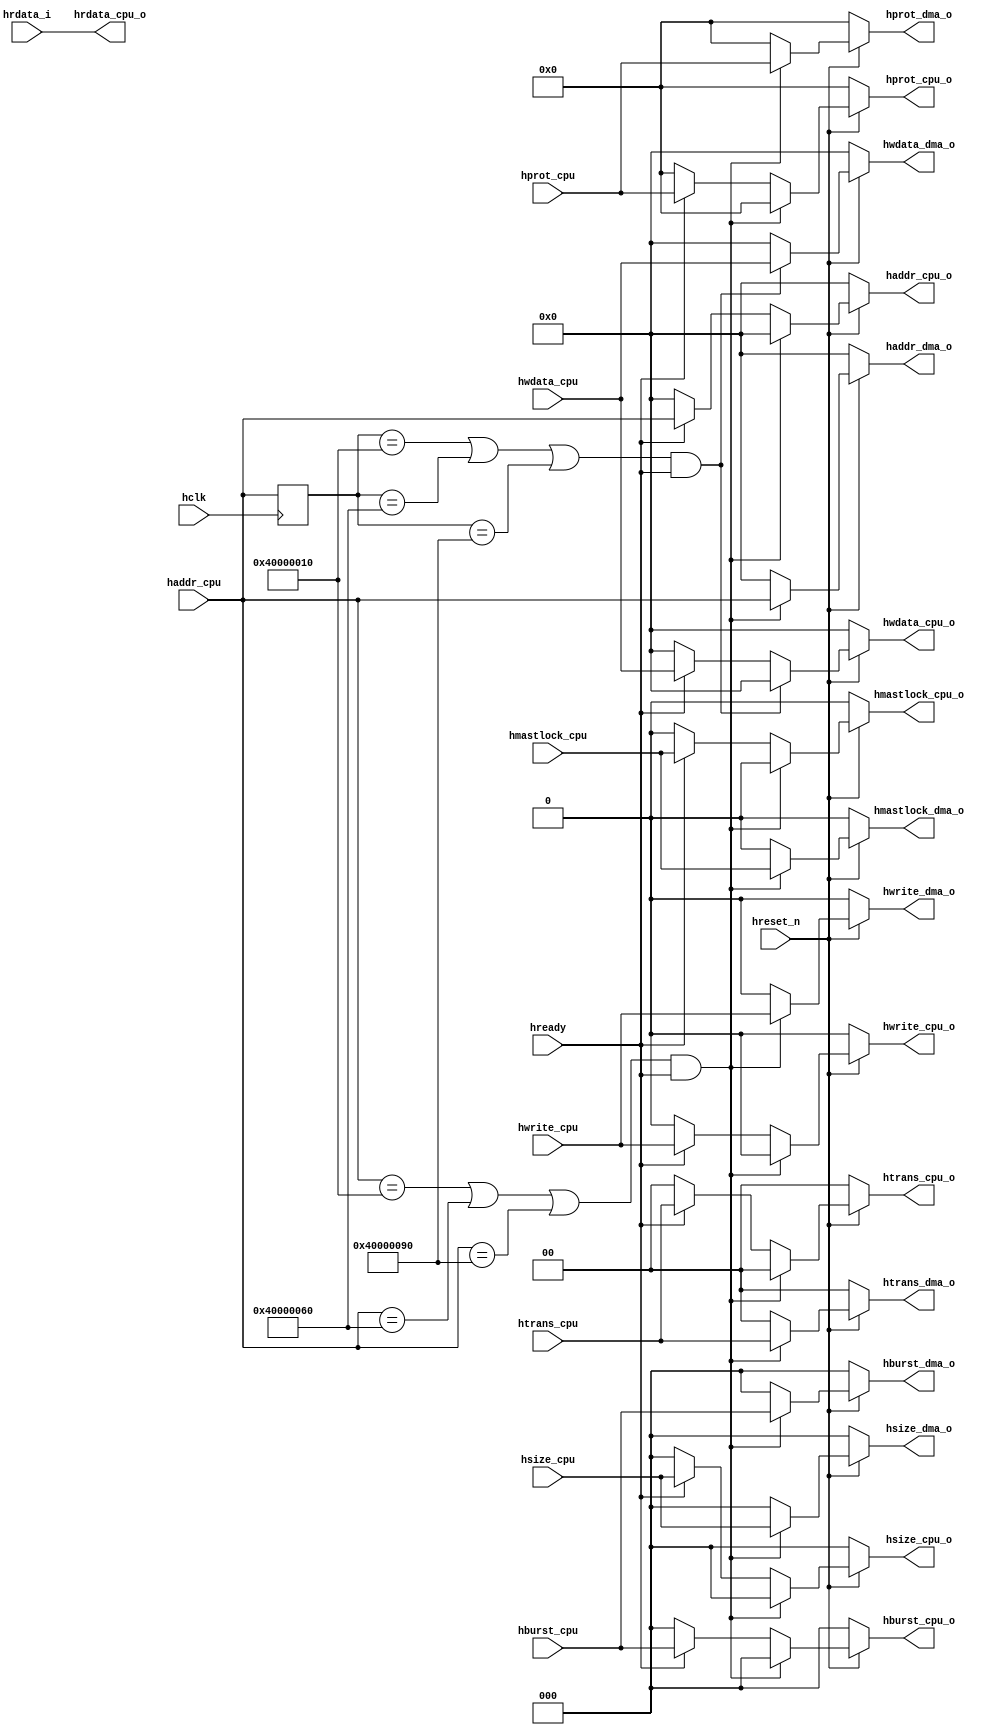
// Arbiter Module
// (c) 2016-04-29 by Reshma Siddalingadevaru

module arbiter(
input wire hclk,
input wire hreset_n,
input wire hready,
input wire [31:0]                     haddr_cpu,
input wire [2:0]                      hburst_cpu,
input wire [3:0]                      hprot_cpu,
input wire [2:0]                      hsize_cpu,
input wire [1:0]                      htrans_cpu,
input wire [31:0]                     hwdata_cpu,
input wire                            hmastlock_cpu,
input wire                            hwrite_cpu,
output reg [31:0]                     haddr_cpu_o,
output reg [2:0]                      hburst_cpu_o,
output reg [3:0]                      hprot_cpu_o,
output reg [2:0]                      hsize_cpu_o,
output reg [1:0]                      htrans_cpu_o,
output reg [31:0]                     hwdata_cpu_o,
output reg                            hmastlock_cpu_o,
output reg                            hwrite_cpu_o,
output reg [31:0]                     haddr_dma_o,
output reg [2:0]                      hburst_dma_o,
output reg [3:0]                      hprot_dma_o,
output reg [2:0]                      hsize_dma_o,
output reg [1:0]                      htrans_dma_o,
output reg [31:0]                     hwdata_dma_o,
output reg                            hmastlock_dma_o,
output reg                            hwrite_dma_o,
input wire [31:0] hrdata_i,
output reg [31:0] hrdata_cpu_o
);


reg [31:0] haddr_reg;

//sending read data back to CPU
always @(*)
begin
	hrdata_cpu_o <= hrdata_i;
end

always @(posedge hclk)
begin
haddr_reg <= haddr_cpu;
end

//distinguishing between DMA and DRAM transactions
always @(*)
begin
	if(!hreset_n)
	begin
	haddr_dma_o <= 32'h0;
		hwrite_dma_o <= 1'h0;
		htrans_dma_o <= 2'h0;
		hsize_dma_o <= 3'h0;
		//hwdata_dma_o <= 32'h0;
		hprot_dma_o <= 4'h0;
		hburst_dma_o <= 3'h0;
		hmastlock_dma_o <= 1'h0;
		haddr_cpu_o <= 32'h0;
		hwrite_cpu_o <= 1'h0;
		htrans_cpu_o <= 2'h0;
		hsize_cpu_o <= 3'h0;
		//hwdata_cpu_o <= 32'h0;
		hprot_cpu_o <= 4'h0;
		hburst_cpu_o <= 3'h0;
		hmastlock_cpu_o <= 1'h0;
	end
	else if (((haddr_cpu == 32'h40000010) || (haddr_cpu == 32'h40000060) || (haddr_cpu == 32'h40000090)) && hready) 
	begin
		haddr_dma_o <= haddr_cpu;
		hwrite_dma_o <= hwrite_cpu;
		htrans_dma_o <= htrans_cpu;
		hsize_dma_o <= hsize_cpu;
		//hwdata_dma_o <= hwdata_reg_dma;
		hprot_dma_o <= hprot_cpu;
		hburst_dma_o <= hburst_cpu;
		hmastlock_dma_o <= hmastlock_cpu;
		haddr_cpu_o <= 32'h0;
		hwrite_cpu_o <= 1'h0;
		htrans_cpu_o <= 2'h0;
		hsize_cpu_o <= 3'h0;
		//hwdata_cpu_o <= 32'h0;
		hprot_cpu_o <= 4'h0;
		hburst_cpu_o <= 3'h0;
		hmastlock_cpu_o <= 1'h0;
	end
	else if (hready)
	begin
		haddr_cpu_o <= haddr_cpu;
		hwrite_cpu_o <= hwrite_cpu;
		htrans_cpu_o <= htrans_cpu;
		hsize_cpu_o <= hsize_cpu;
		//hwdata_cpu_o <= hwdata_reg_cpu;
		hprot_cpu_o <= hprot_cpu;
		hburst_cpu_o <= hburst_cpu;
		hmastlock_cpu_o <= hmastlock_cpu;
		haddr_dma_o <= 32'h0;
		hwrite_dma_o <= 1'h0;
		htrans_dma_o <= 2'h0;
		hsize_dma_o <= 3'h0;
		//hwdata_dma_o <= 32'h0;
		hprot_dma_o <= 4'h0;
		hburst_dma_o <= 3'h0;
		hmastlock_dma_o <= 1'h0;
	end
	else 
	begin
		haddr_dma_o <= 32'h0;
		hwrite_dma_o <= 1'h0;
		htrans_dma_o <= 2'h0;
		hsize_dma_o <= 3'h0;
		//hwdata_dma_o <= 32'h0;
		hprot_dma_o <= 4'h0;
		hburst_dma_o <= 3'h0;
		hmastlock_dma_o <= 1'h0;
		haddr_cpu_o <= 32'h0;
		hwrite_cpu_o <= 1'h0;
		htrans_cpu_o <= 2'h0;
		hsize_cpu_o <= 3'h0;
		//hwdata_cpu_o <= 32'h0;
		hprot_cpu_o <= 4'h0;
		hburst_cpu_o <= 3'h0;
		hmastlock_cpu_o <= 1'h0; 
	end
end

always @(*)
begin
	if(!hreset_n)
	begin
		hwdata_cpu_o <= 32'h0;
		hwdata_dma_o <= 32'h0;
	end
	else if (((haddr_reg == 32'h40000010) || (haddr_reg == 32'h40000060) || (haddr_reg == 32'h40000090)) && hready) 
	begin
		
		hwdata_dma_o <= hwdata_cpu;
		hwdata_cpu_o <= 32'h0;
	end
	else if (hready) 
	begin
		
		hwdata_cpu_o <= hwdata_cpu;
		hwdata_dma_o <= 32'h0;
	end
	else
	begin
		
		hwdata_cpu_o <= 32'h0;
		hwdata_dma_o <= 32'h0;
	end
end
	
endmodule